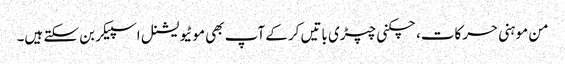
من موہنی حرکات، چکنی چپڑی باتیں کرکے آپ بھی موٹیویشنل اسپیکر بن سکتے ہیں۔